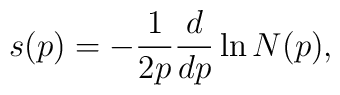
s(p) = -{1\over 2p}{d\over dp}\ln N(p),